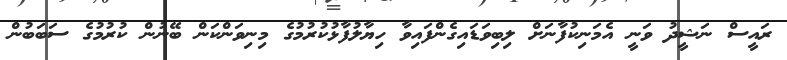
ރައީސް ނަޝީދު ވަނީ އެމަނިކުފާނަށް ލިބިވަޑައިގެންފައިވާ ހިޔާލުފާޅުކުރުމުގެ މިނިވަންކަން ބޭނުން ކުރުމުގެ ސަބަބުން